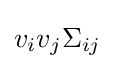
v_{i}v_{j}\Sigma _{ij}